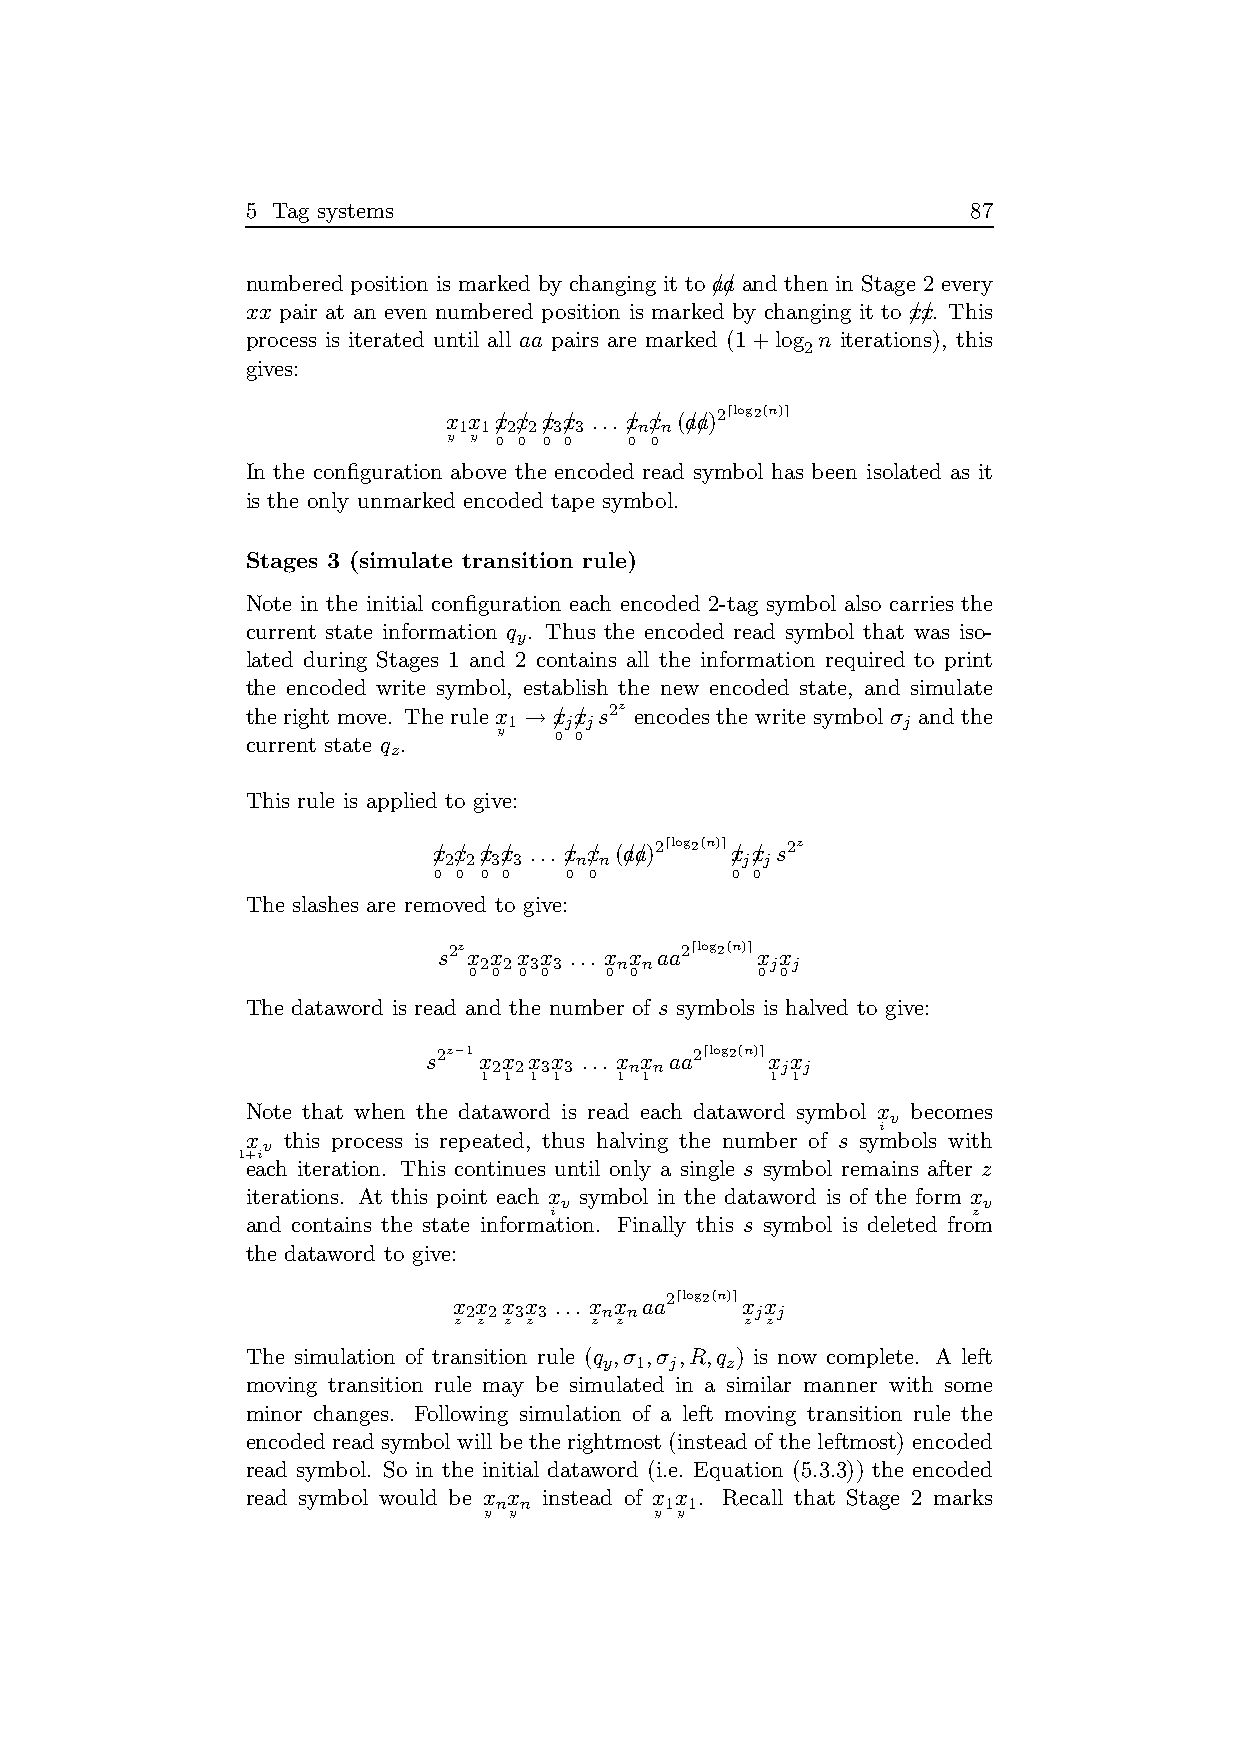
5 Tag systems                                   87
 numbered position is marked by changing it to a/a/ and then in Stage 2 every
 xx pair at an even numbered position is marked by changing it to x/x/. This
 process is iterated until all aa pairs are marked (1+log n iterations), this
 2
 gives:
 x x x/ x/ x/ x/ ... x/ x/
 (a/a/)2⌈log2(n)⌉
 1 1 2 2 3 3 n n
 y y 0 0 0 0 0 0
 In the configuration above the encoded read symbol has been isolated as it
 is the only unmarked encoded tape symbol.
 Stages 3 (simulate transition rule)
 Note in the initial configuration each encoded 2-tag symbol also carries the
 current state information q . Thus the encoded read symbol that was iso-
 y
 lated during Stages 1 and 2 contains all the information required to print
 the encoded write symbol, establish the new encoded state, and simulate
 the right move. The rule x → x/ x/
 s2z
 encodes the write symbol σ and the
 1  j j                    j
 y
 current state q .    0 0
 z
 This rule is applied to give:
 x/ x/ x/ x/ ... x/ x/
 (a/a/)2⌈log2(n)⌉
 x/ x/
 s2z
 2 2 3 3  n n        j j
 0 0 0 0 0 0        0 0
 The slashes are removed to give:
 s2z
 x x x x ... x x
 aa2⌈log2(n)⌉
 x x
 2 2 3 3  n n       j j
 0 0 0 0  0 0       0 0
 The dataword is read and the number of s symbols is halved to give:
 s2z−1
 x x x x ... x x
 aa2⌈log2(n)⌉
 x x
 2 2 3 3  n n       j j
 1 1 1 1  1 1       1 1
 Note that when the dataword is read each dataword symbol x becomes
 v
 i
 x  this process is repeated, thus halving the number of s symbols with
 v
 1+i
 each iteration. This continues until only a single s symbol remains after z
 iterations. At this point each x symbol in the dataword is of the form x
 v                           v
 i                           z
 and contains the state information. Finally this s symbol is deleted from
 the dataword to give:
 x x x x ... x x
 aa2⌈log2(n)⌉
 x x
 2 2 3 3  n n       j j
 z z z z  z z       z z
 The simulation of transition rule (q ,σ ,σ ,R,q ) is now complete. A left
 y 1 j   z
 moving transition rule may be simulated in a similar manner with some
 minor changes. Following simulation of a left moving transition rule the
 encoded read symbolwillbetherightmost (instead of theleftmost) encoded
 read symbol. So in the initial dataword (i.e. Equation (5.3.3)) the encoded
 read symbol would be x x instead of x x . Recall that Stage 2 marks
 n n        1 1
 y y        y y